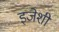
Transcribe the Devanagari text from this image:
इजेशी